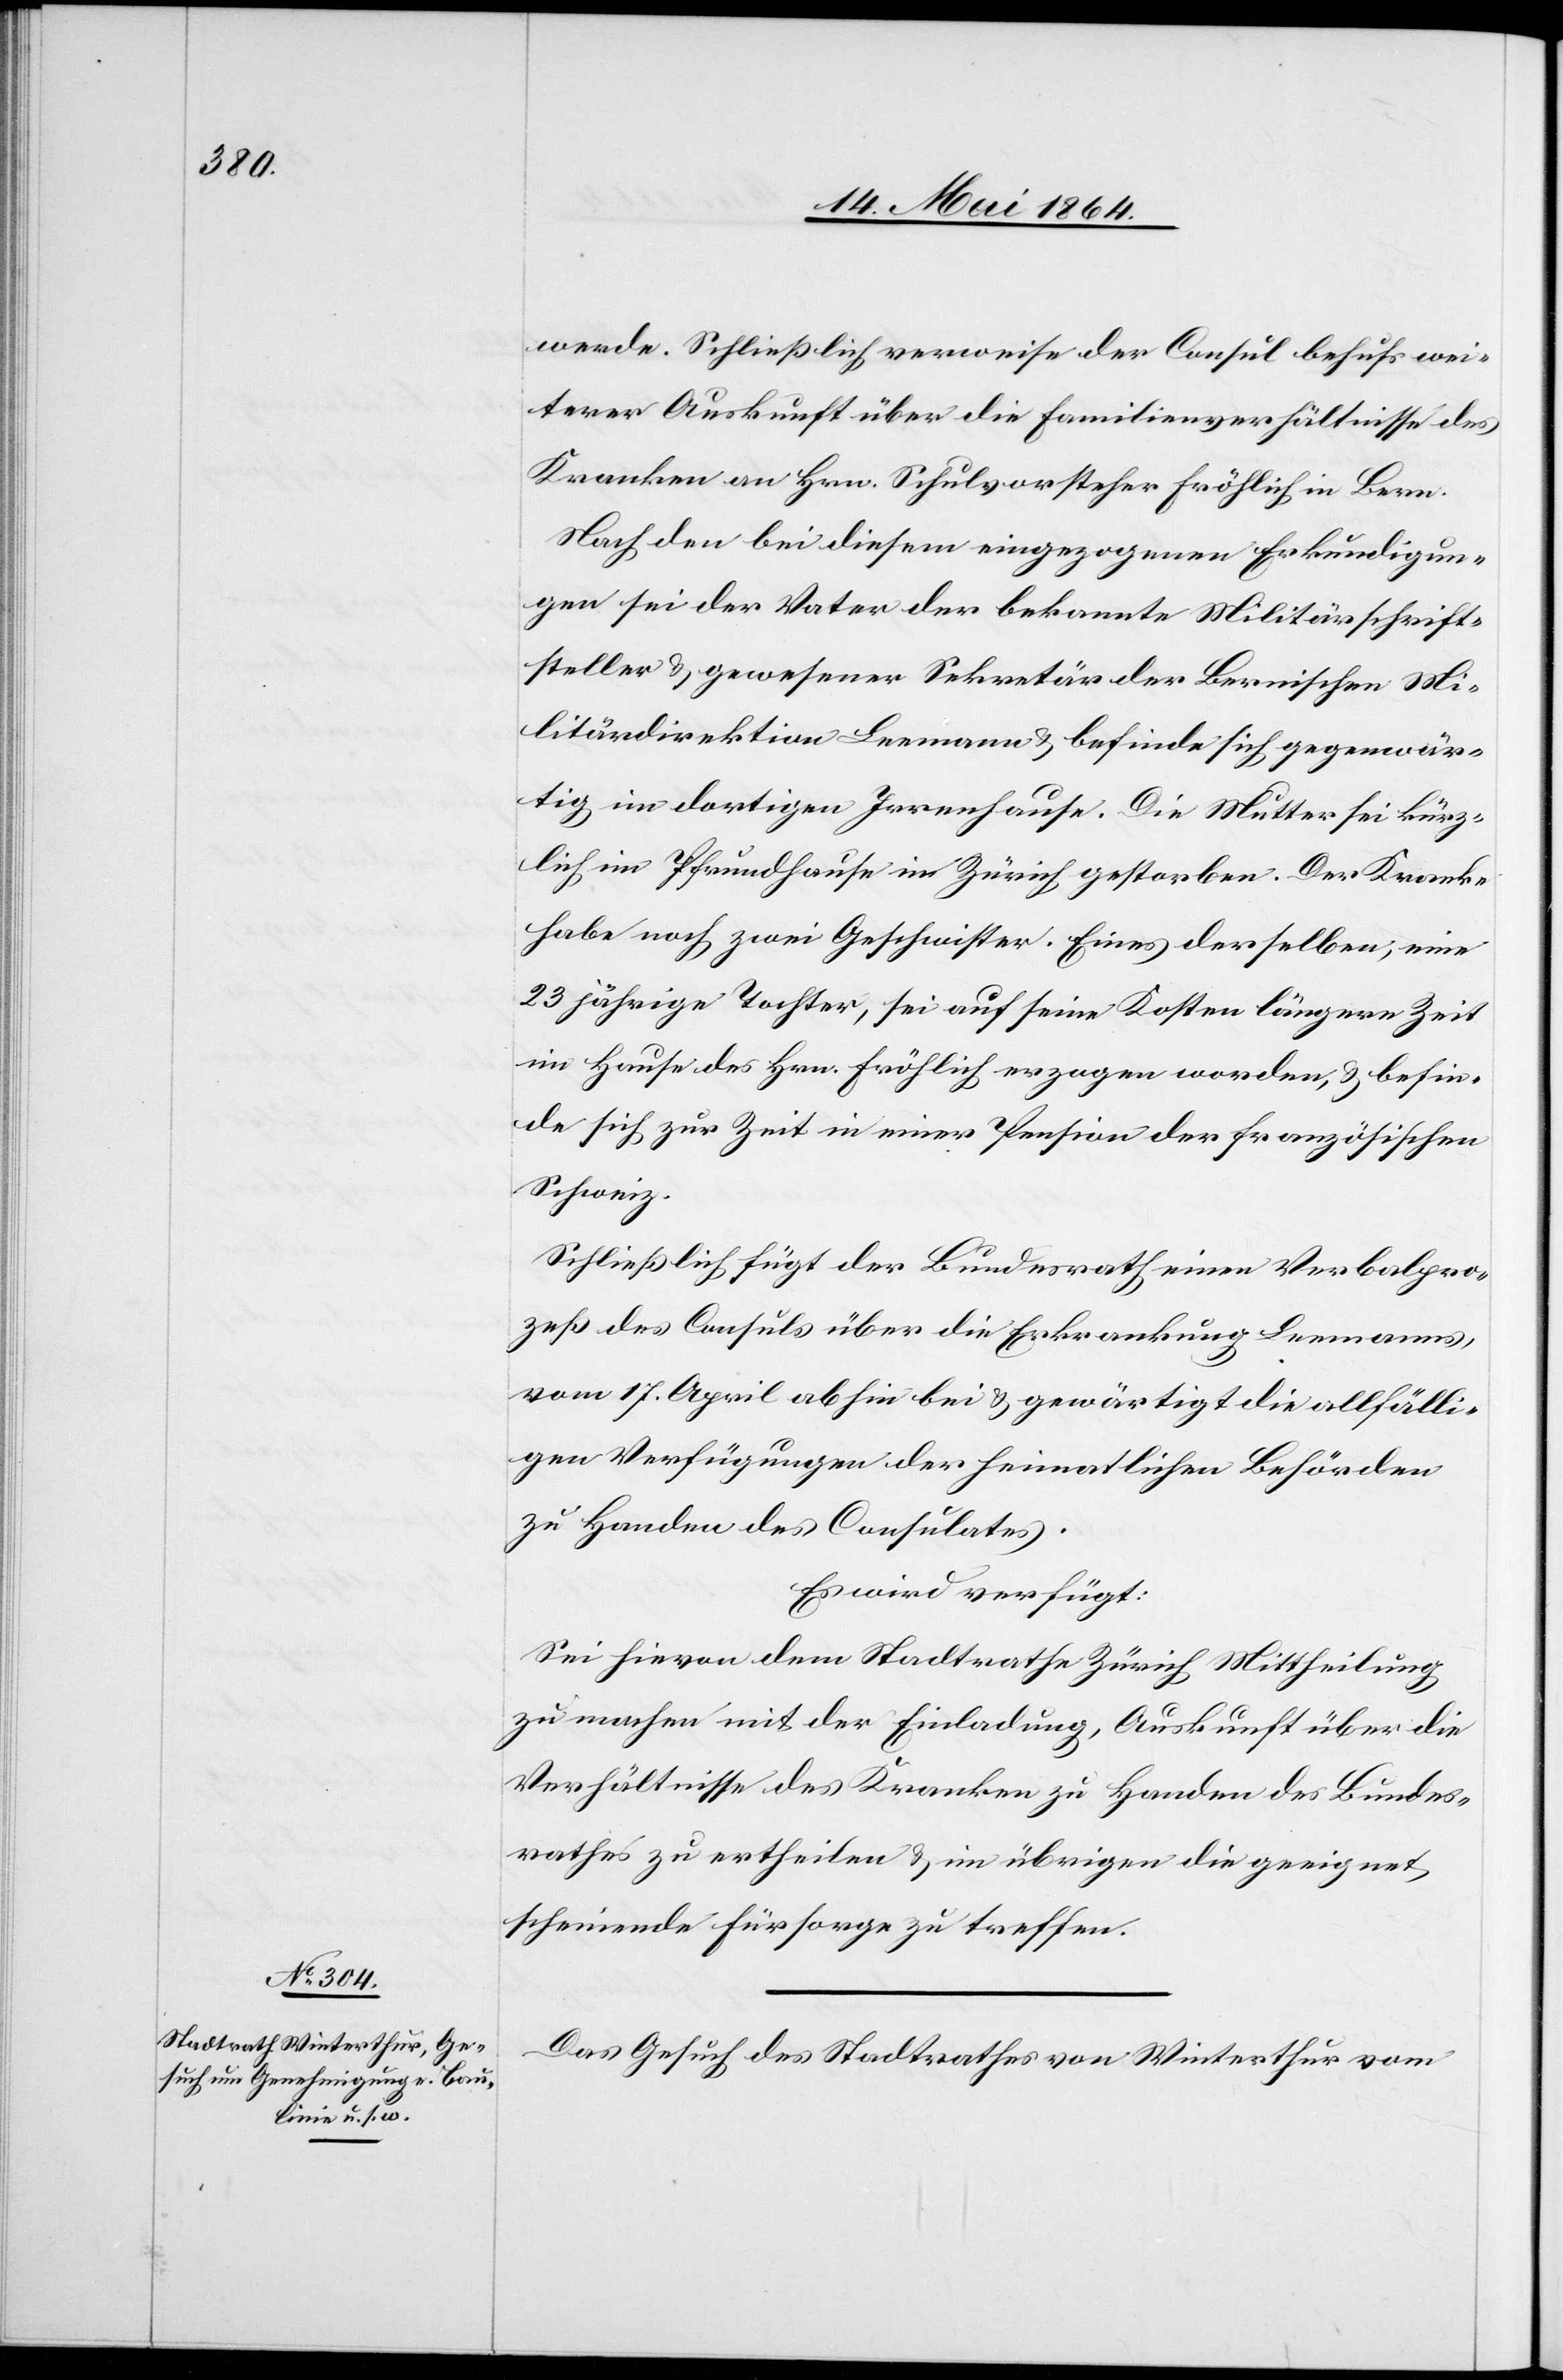
23. Mai 1864.]
werde. Schließlich verweise der Consul behufs wei¬
terer Auskunft über die Familienverhältnisse des
Kranken an Hrn. Schulvorsteher Fröhlich in Bern.
Nach den bei diesem eingezogenen Erkundigun¬
gen sei der Vater der bekannte Militärschrift¬
steller u. gewesener Sekretär der Bernischen Mi¬
litärdirektion Leemann u. befinde sich gegenwär¬
tig im dortigen Irrenhause. Die Mutter sei kürz¬
lich im Pfrundhause in Zürich gestorben. Der Kranke
habe noch zwei Geschwister. Eines derselben, eine
23 jährige Tochter, sei auf seine Kosten längere Zeit
im Hause des Hrn. Fröhlich erzogen worden, u. befin¬
de sich zur Zeit in einer Pension der französischen
Schweiz.
Schließlich fügt der Bundesrath einen Verbalpro¬
zeß des Consuls über die Erkrankung Leemanns,
vom 17. April ab hin bei u. gewärtigt die allfälli¬
gen Verfügungen der heimatlichen Behörden
zu Handen des Consulates.
Es wird verfügt:
Sei hievon dem Stadtrathe Zürich Mittheilung
zu machen mit der Einladung, Auskunft über die
Verhältnisse des Kranken zu Handen des Bundes¬
rathes zu ertheilen u. im übrigen die geeignet
scheinende Fürsorge zu treffen.
Das Gesuch des Stadtrathes von Winterthur vom